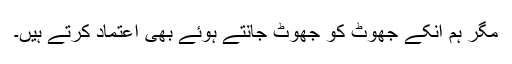
مگر ہم اُنکے جھوٹ کو جھوٹ جانتے ہوئے بھی اعتماد کرتے ہیں۔